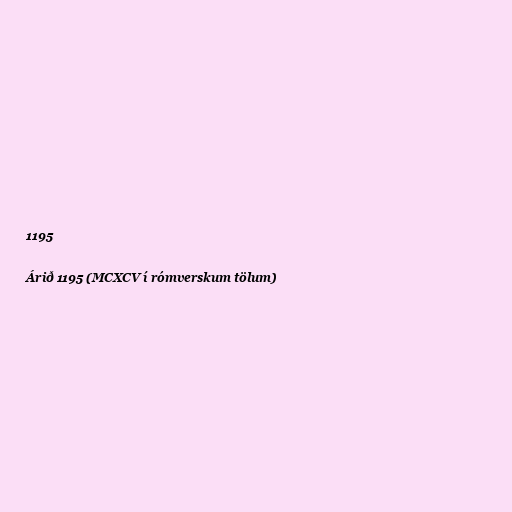
1195

Árið 1195 (MCXCV í rómverskum tölum)